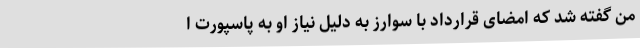
من گفته شد که امضای قرارداد با سوارز به دلیل نیاز او به پاسپورت ا